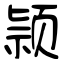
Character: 颕